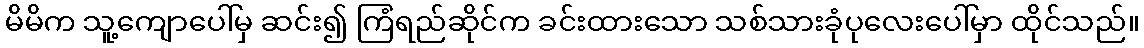
မိမိက သူ့ကျောပေါ်မှ ဆင်း၍ ကြံရည်ဆိုင်က ခင်းထားသော သစ်သားခုံပုလေးပေါ်မှာ ထိုင်သည်။